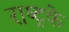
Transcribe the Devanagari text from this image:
राष्ट्रके